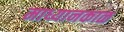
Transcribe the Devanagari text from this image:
माध्यानकाळ